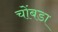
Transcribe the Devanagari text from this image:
चोंबडा